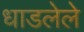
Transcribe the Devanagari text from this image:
धाडलेले